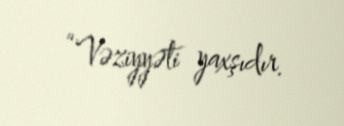
“Vəziyyəti yaxşıdır.